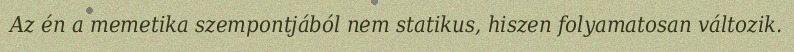
Az én a memetika szempontjából nem statikus, hiszen folyamatosan változik.